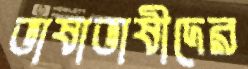
ভাষাভাষীদের